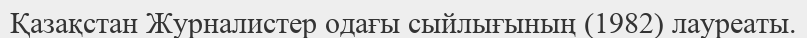
Қазақстан Журналистер одағы сыйлығының (1982) лауреаты.